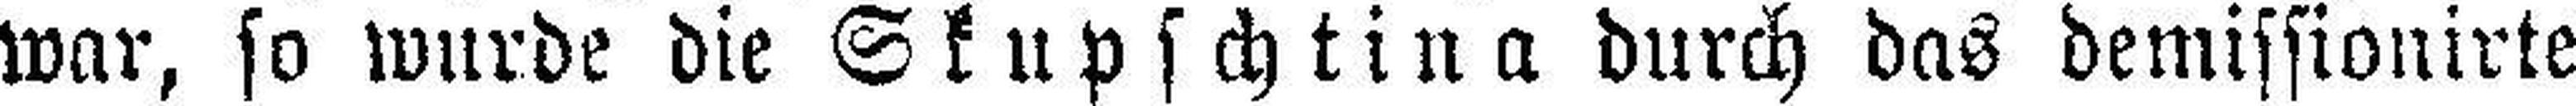
war, so wurde die Skupschtina durch das demissionirte